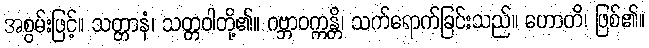
အစွမ်းဖြင့်။ သတ္တာနံ၊ သတ္တဝါတို့၏။ ဂဗ္ဘာဝက္ကန္တိ၊ သက်ရောက်ခြင်းသည်။ ဟောတိ၊ ဖြစ်၏။